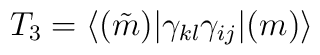
T_3 =\langle (\tilde{m})|\gamma_{kl}\gamma_{ij}| (m)\rangle